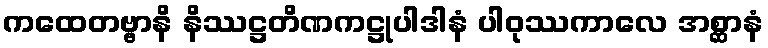
ကထေတဗ္ဗာနိ နိဿဋ္ဌတိဏကဋ္ဌုပါဒါနံ ပါဝုဿကာလေ အစ္ဆာနံ